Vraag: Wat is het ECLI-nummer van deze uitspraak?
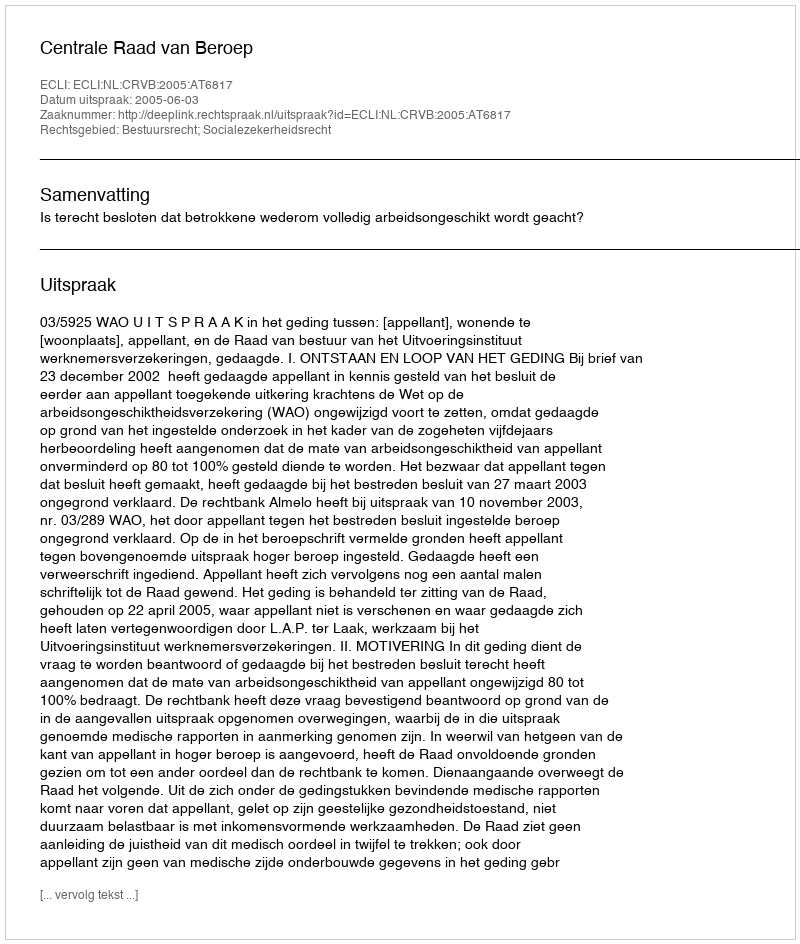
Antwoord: ECLI:NL:CRVB:2005:AT6817